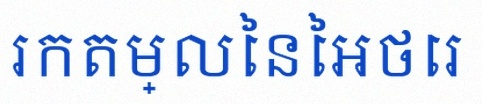
រកតម្លៃនៃអថេរ